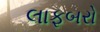
લાફબરો